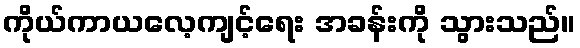
ကိုယ်ကာယလေ့ကျင့်ရေး အခန်းကို သွားသည်။